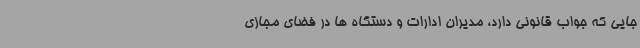
جایی که جواب قانونی دارد، مدیران ادارات و دستگاه ها در فضای مجازی